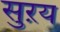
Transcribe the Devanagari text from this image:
सुऱय